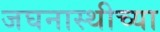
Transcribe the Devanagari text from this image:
जघनास्थीच्या